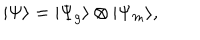
| \Psi \rangle = | \Psi _ { g } \rangle \otimes | \Psi _ { m } \rangle ,